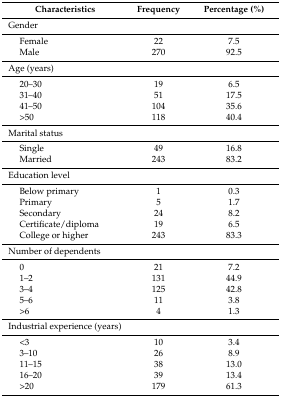
| Characteristics | Frequency | Percentage (%) |
 | --- | --- | --- |
 | Gender |  |  |
 | Female | 22 | 7.5 |
 | Male | 270 | 92.5 |
 | Age (years) |  |  |
 | 20–30 | 19 | 6.5 |
 | 31–40 | 51 | 17.5 |
 | 41–50 | 104 | 35.6 |
 | >50 | 118 | 40.4 |
 | Marital status |  |  |
 | Single | 49 | 16.8 |
 | Married | 243 | 83.2 |
 | Education level |  |  |
 | Below primary | 1 | 0.3 |
 | Primary | 5 | 1.7 |
 | Secondary | 24 | 8.2 |
 | Certificate/diploma | 19 | 6.5 |
 | College or higher | 243 | 83.3 |
 | Number of dependents |  |  |
 | 0 | 21 | 7.2 |
 | 1–2 | 131 | 44.9 |
 | 3–4 | 125 | 42.8 |
 | 5–6 | 11 | 3.8 |
 | >6 | 4 | 1.3 |
 | <COLSPAN=2> Industrial experience (years) |  |
 | <3 | 10 | 3.4 |
 | 3–10 | 26 | 8.9 |
 | 11–15 | 38 | 13.0 |
 | 16–20 | 39 | 13.4 |
 | >20 | 179 | 61.3 |